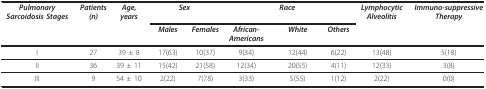
| Pulmonary Sarcoidosis Stages | Patients (n) | Age, years | <COLSPAN=2> Sex | <COLSPAN=3> Race | Lymphocytic Alveolitis | Immuno-suppressive Therapy |
 |  |  |  | Males | Females | African-Americans | White | Others |  |  |
 | --- | --- | --- | --- | --- | --- | --- | --- | --- | --- |
 | I | 27 | 39 ± 8 | 17(63) | 10(37) | 9(34) | 12(44) | 6(22) | 13(48) | 5(18) |
 | II | 36 | 39 ± 11 | 15(42) | 21(58) | 12(34) | 20(55) | 4(11) | 12(33) | 3(8) |
 | III | 9 | 54 ± 10 | 2(22) | 7(78) | 3(33) | 5(55) | 1(12) | 2(22) | 0(0) |